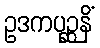
ဥဒကပုဉ္ဆနိံ